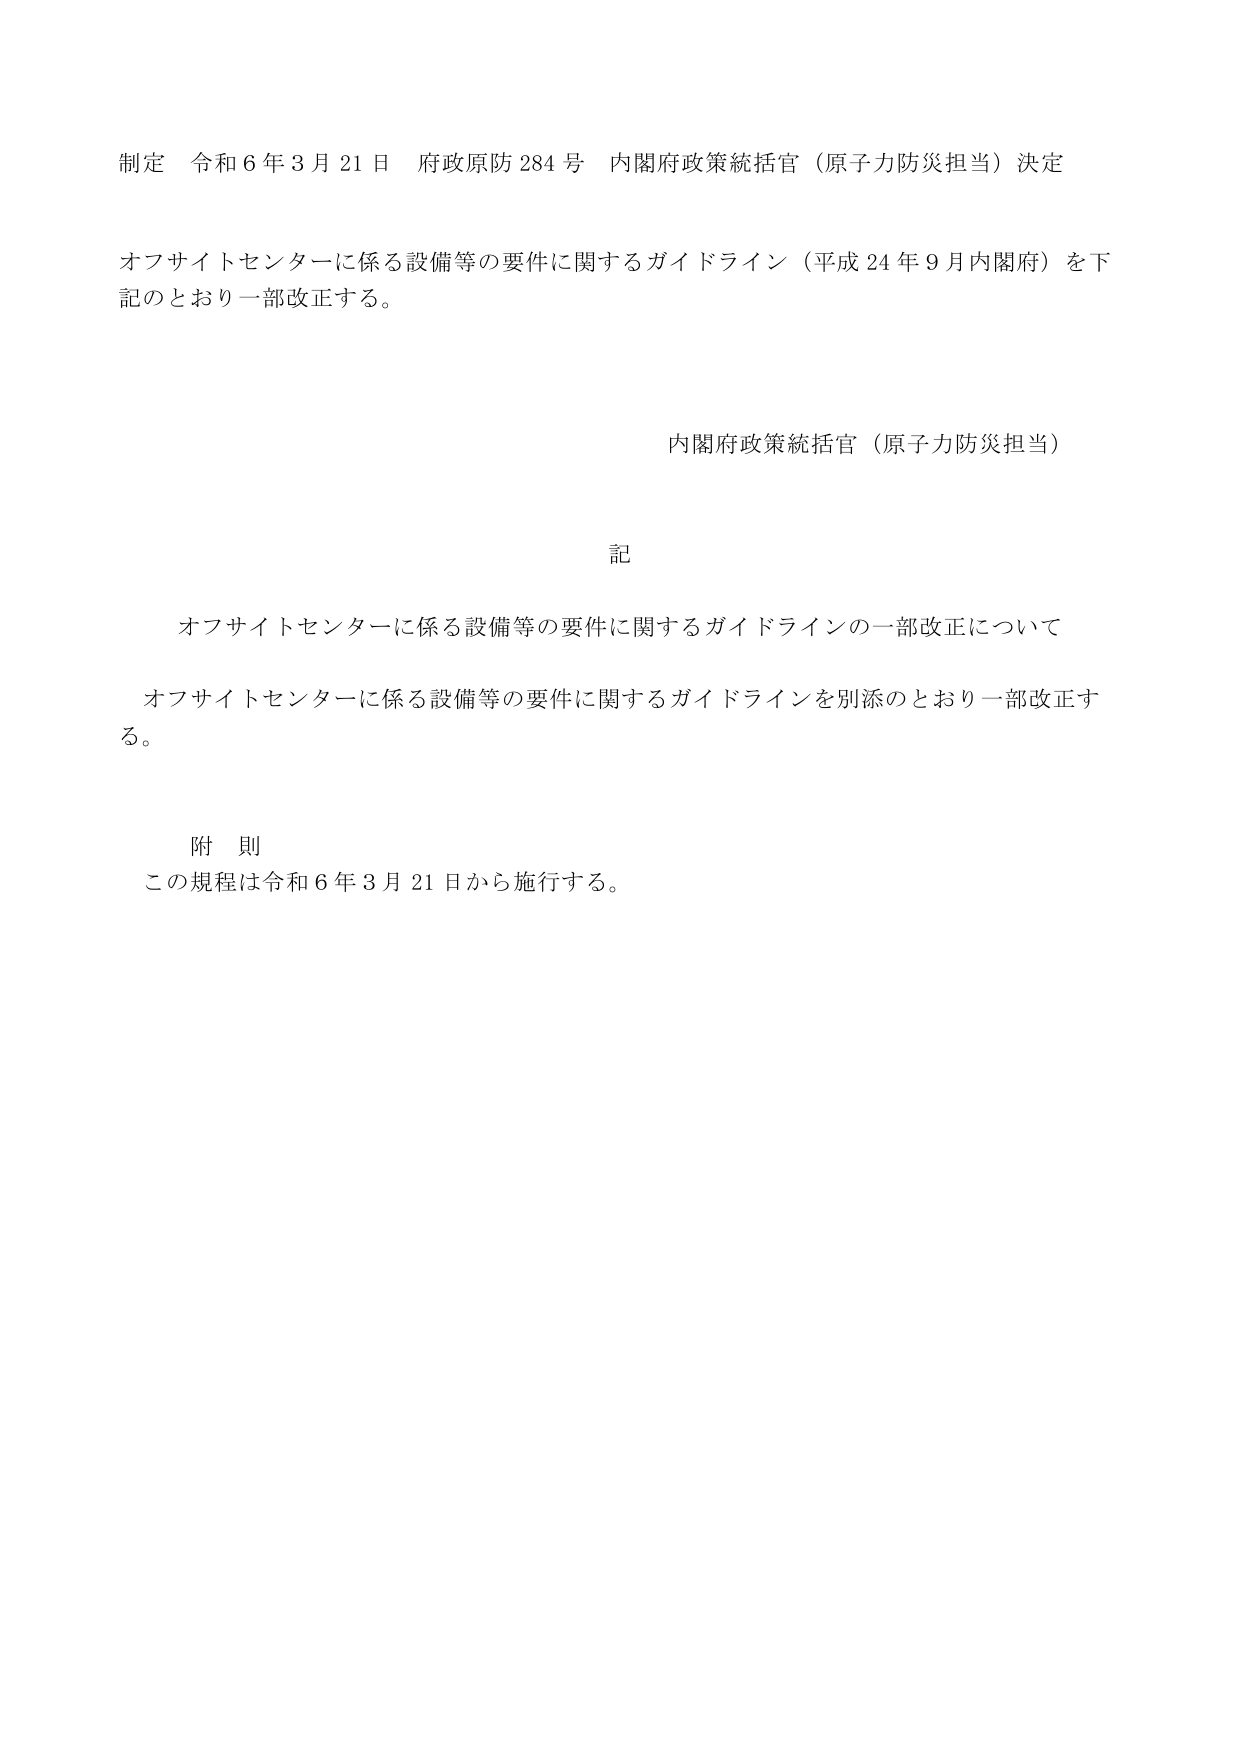
制定 令和６年３月21日 府政原防284号 内閣府政策統括官（原子力防災担当）決定

オフサイトセンターに係る設備等の要件に関するガイドライン（平成24年９月内閣府）を下記のとおり一部改正する。

内閣府政策統括官（原子力防災担当）

記

オフサイトセンターに係る設備等の要件に関するガイドラインの一部改正について

オフサイトセンターに係る設備等の要件に関するガイドラインを別添のとおり一部改正する。

附 則

この規程は令和６年３月21日から施行する。